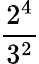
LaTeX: \frac{2^{4}}{3^{2}}